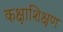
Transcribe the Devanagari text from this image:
कक्षाशिक्षण